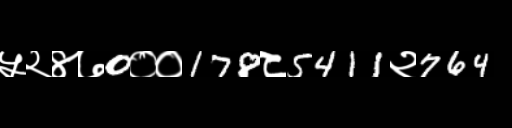
Text: ५२४७0००178८5411२764